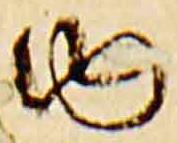
内